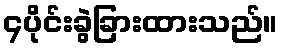
၄ပိုင်းခွဲခြားထားသည်။